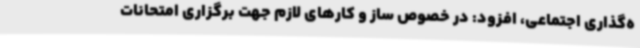
ه‌گذاری اجتماعی، افزود: در خصوص ساز و کارهای لازم جهت برگزاری امتحانات